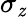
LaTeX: \sigma_{\mathit{z}}